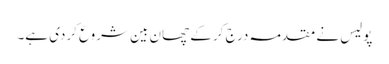
پولیس نے مقدمہ درج کر کے چھان بین شروع کردی ہے۔